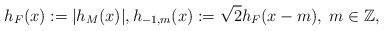
LaTeX: \begin{align*}h_F(x) := |h_M(x)|, h_{-1,m}(x) := \sqrt 2 h_F(x-m), \; m\in \mathbb Z, \end{align*}